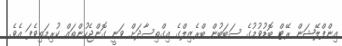
އިންފްލޭޝަން ރޭޓް ބޮޑުވުމުގެ ސަބަބުން ބްރެޒިލްގެ އިގްތިސާދަށް ވަނީ ގޮންޖެހުންތައް ކުރިމަތިވެފަ އެވެ.